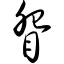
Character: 眢